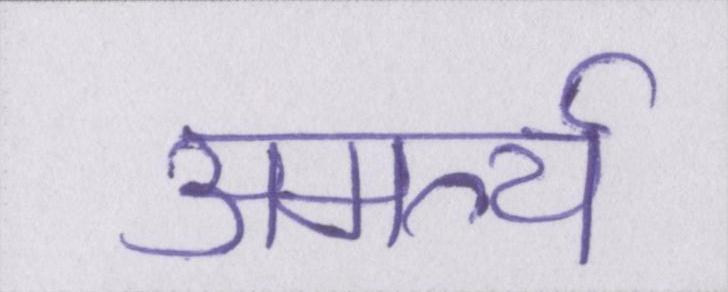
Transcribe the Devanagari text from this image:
अमर्त्य